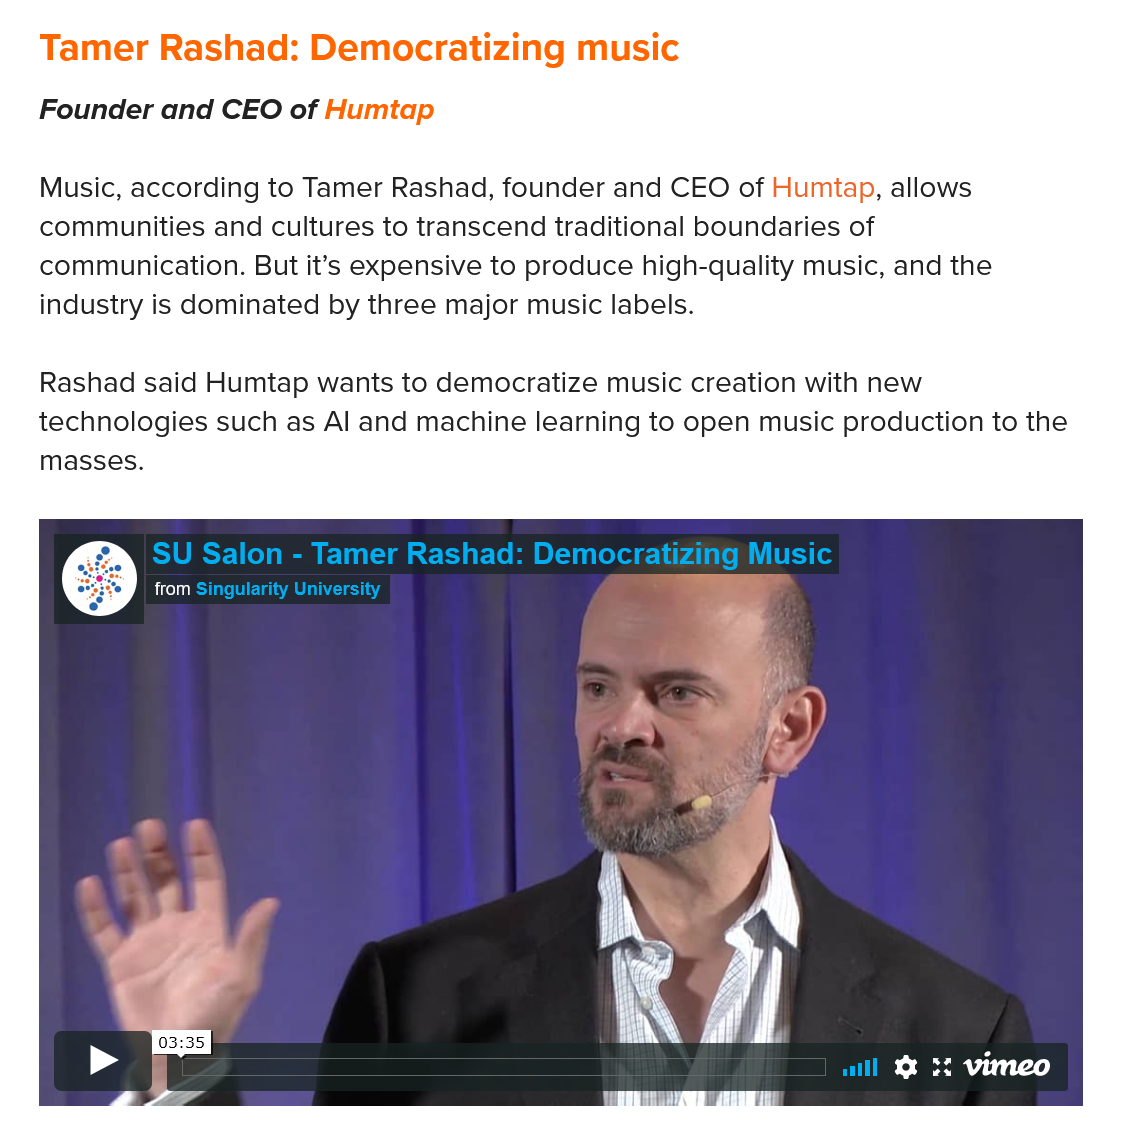
Music, according to Tamer Rashad, founder and CEO of Humtap, allows
   communities and cultures to transcend traditional boundaries of
   communication. But it’s expensive to produce high-quality music, and the
   industry is dominated by three major music labels.
   Rashad said Humtap wants to democratize music creation with new
   technologies such as Al and machine learning to open music production to the
   masses.
     SU Salon
     -
     Tamer Rashad: Democratizing Music
     Sires Cm UTS
     ——
     0
   Tamer   Rashad:  Democratizing   music
   Founder and CEO of Humtap